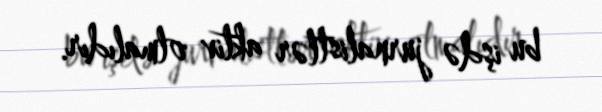
bu işdə jurnalistlər aktiv olmalıdır.